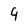
Character: 4